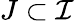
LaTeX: J\subset\mathcal{I}